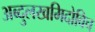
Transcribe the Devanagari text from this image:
अब्दुलखमिदोविच